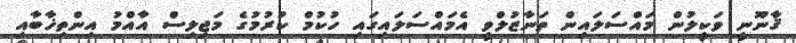
ޤާނޫނީ ވަކީލުން މައްސަލައިން ތަނާޒުލްވީ އެމައްސަލައިގައި ހުކުމް ކުރުމުގެ މަޖިލިސް އާއްމު އިންތިޚާބާއި